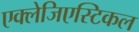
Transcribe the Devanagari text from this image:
एक्लेजिएस्टिकल